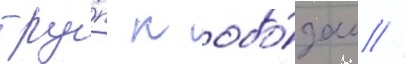
тру́п к обо́зам //